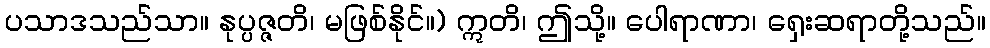
ပသာဒသည်သာ။ နုပ္ပဇ္ဇတိ၊ မဖြစ်နိုင်။) ဣတိ၊ ဤသို့။ ပေါရာဏာ၊ ရှေးဆရာတို့သည်။